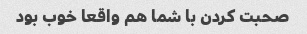
صحبت کردن با شما هم واقعا خوب بود